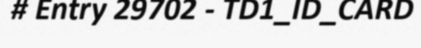
# Entry 29702 - TD1_ID_CARD